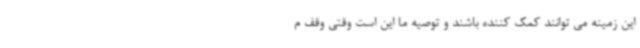
این زمینه می توانند کمک کننده باشند و توصیه ما این است وقتی وقف م